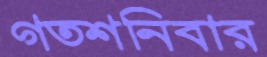
গতশনিবার